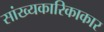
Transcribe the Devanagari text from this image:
सांख्यकारिकाकार